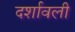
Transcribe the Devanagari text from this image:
दर्शावली